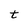
Character: t